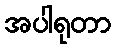
အပါရုတာ